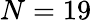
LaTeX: N=19